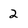
Character: 2